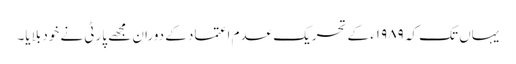
یہاں تک کہ ۱۹۸۹ء کے تحریک عدم اعتماد کے دوران مجھے پارٹی نے خود بلایا۔